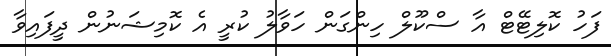
ފަހު ކޮލިޓޭޓް އާ ސްކޫލް ހިންގަން ހަވާލު ކުރީ އެ ކޮމިޝަނުން ދީފައިވާ